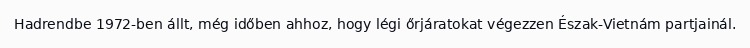
Hadrendbe 1972-ben állt, még időben ahhoz, hogy légi őrjáratokat végezzen Észak-Vietnám partjainál.